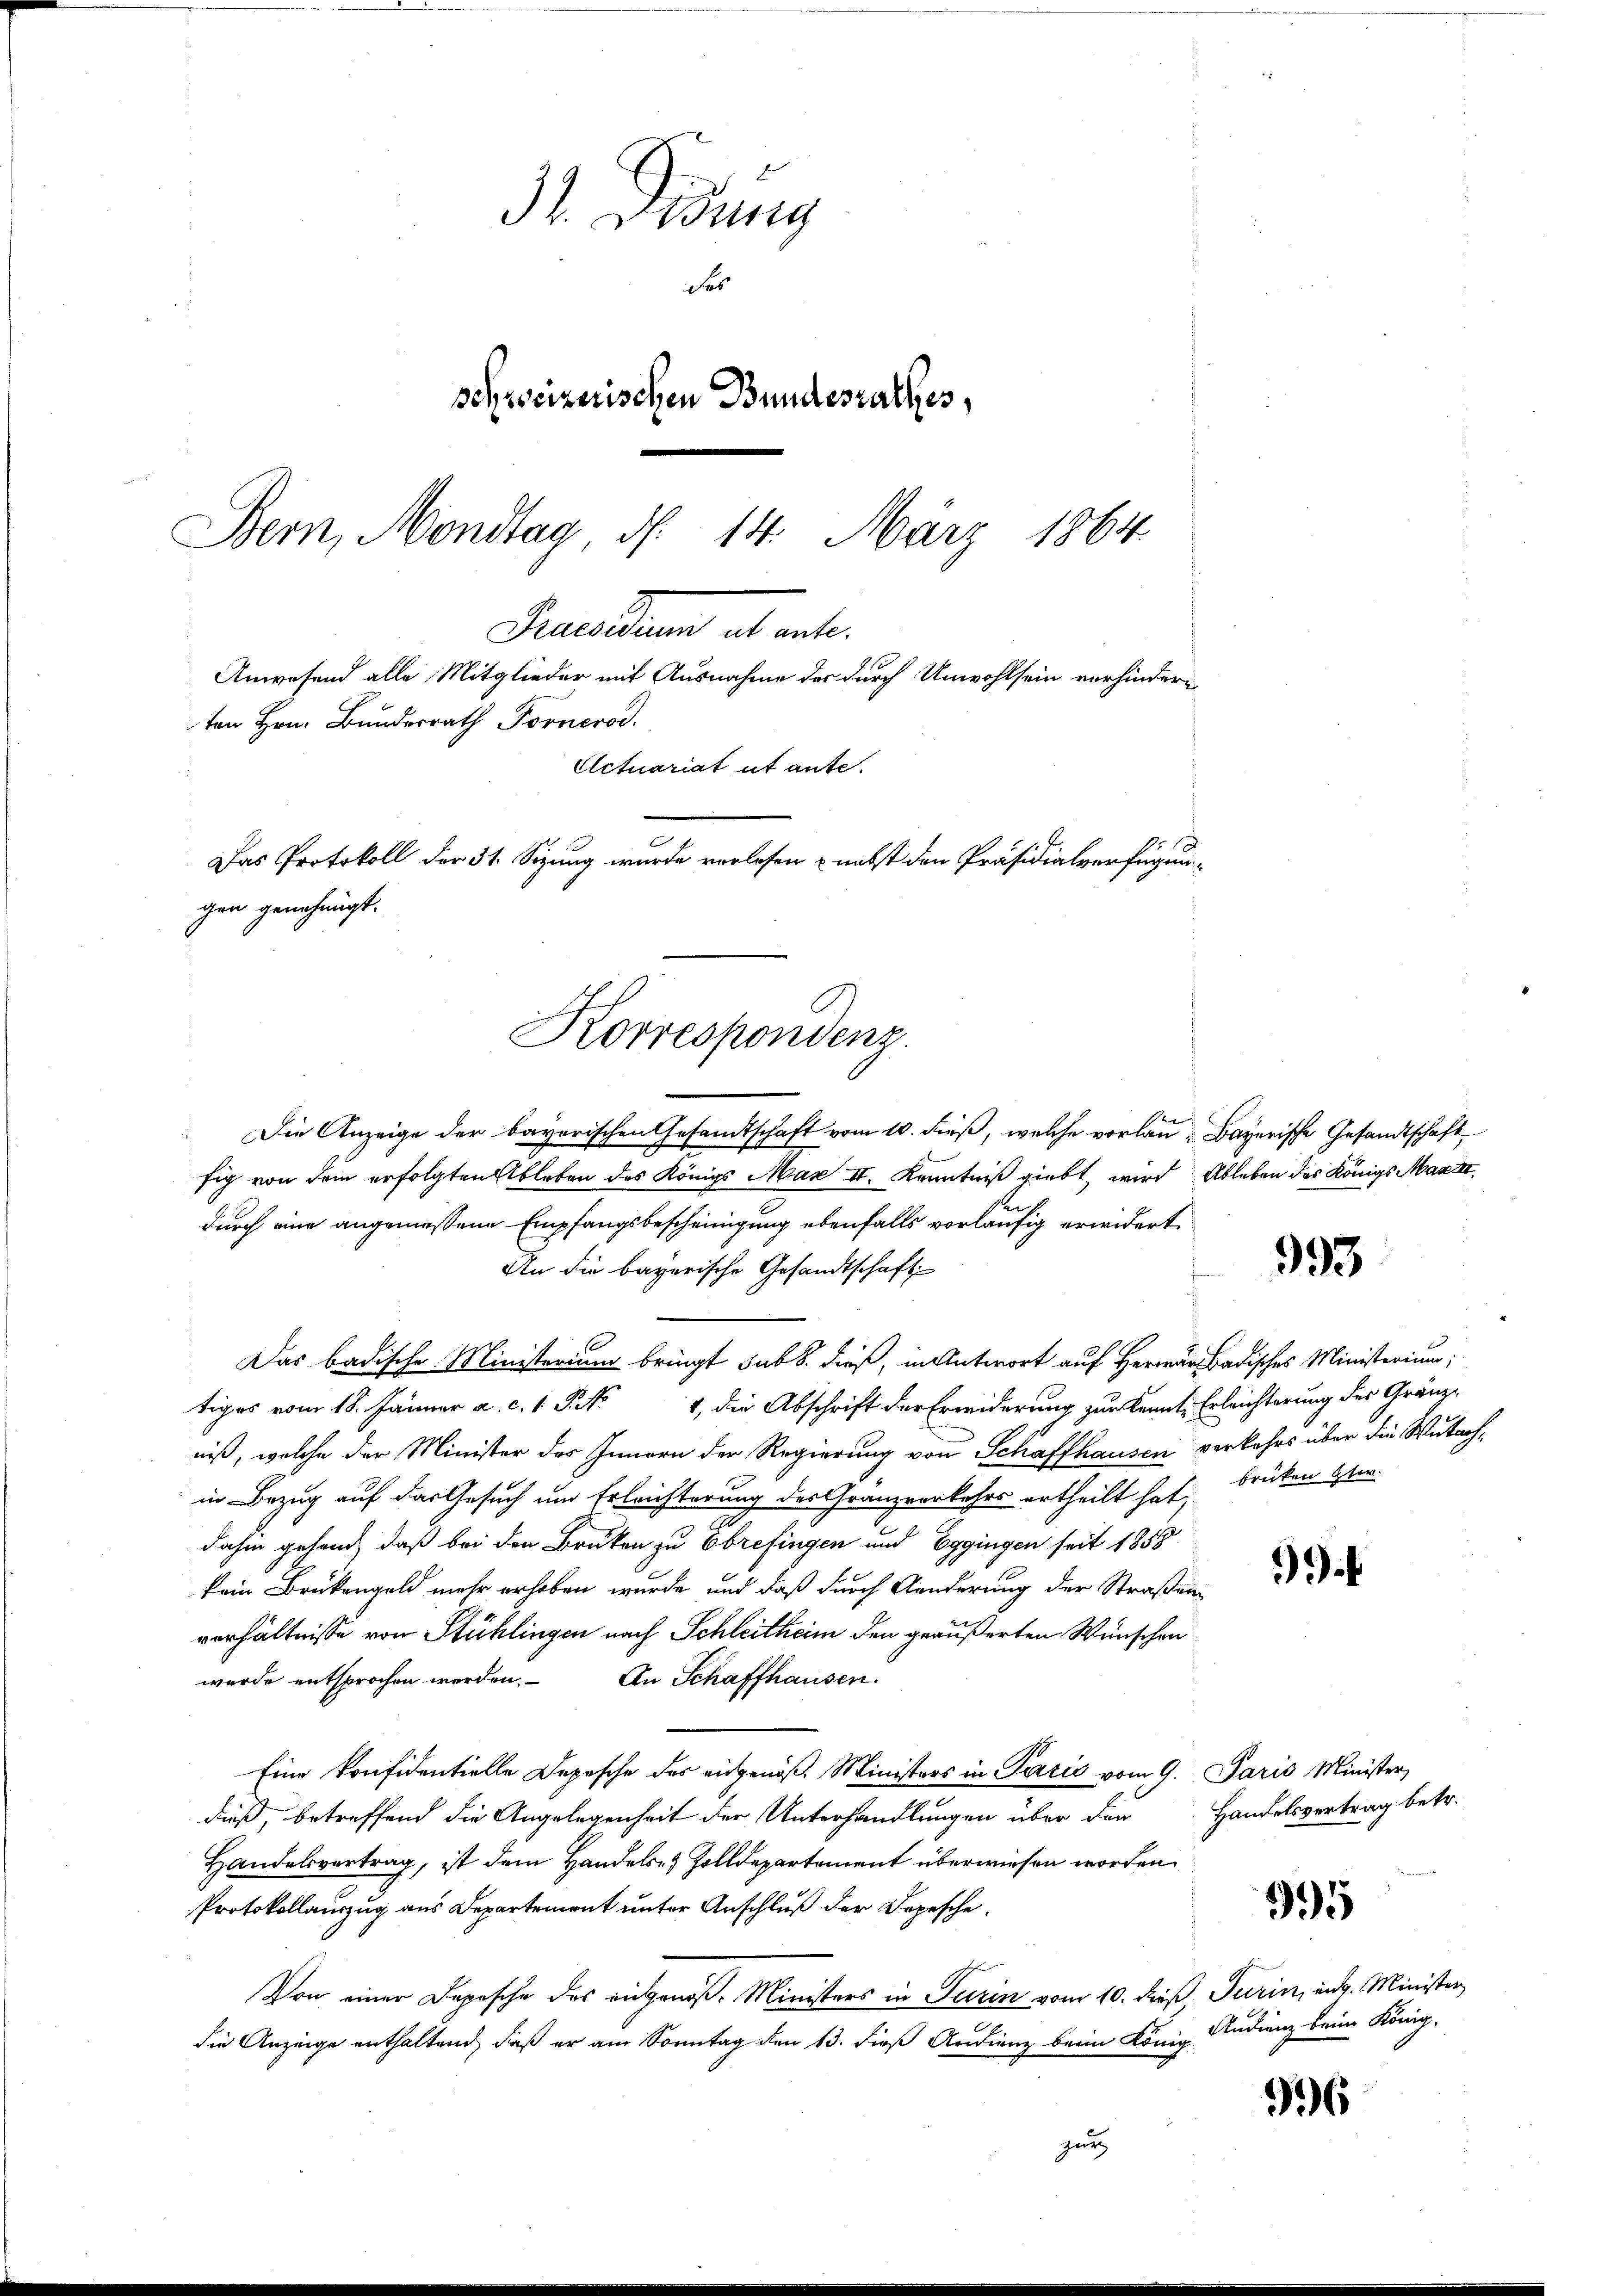
31. Dedung
des
schweizerischen Bundesrathes,
Bern, Mondtag d. 14. März 1864

ten Hrn. Bundesrath Fornerod.
Das Protokoll der 31. Sizung wurde vorlesen & nebst den Präsidialverfügungen genehmigt.
Korrespondenz

Peuerten et art.
Anwesend alle Mitglieder mit Ausnahme der durch Unwohlsein verhindern
Actuariat ut ante.

Die Anzeige der bayerischen Gesandtschaft vom 10. dieß, welche vorlan- Bayerische Gesandtschaft
fig von dem erfolgten Ableben des Königs Max II. Kenntniß giebt, wird Ableben des Königs Max II
durch eine angemessene Empfangsbescheinigung ebenfalls vorläufig erwidert
An die bayerische Gesandtschaft
Das badische Ministerium bringt sub 8. dieß, in Antwort auf Herr Badisches Ministeriu
tiges vom 18. Jänner a. c. 1 S. 14, die Abschrift der Erwiderung zur Kennte Erleichterung des Gränze
niß, welche der Minister des Innern der Regierung von Schaffhausen verkehrs über die Wutachin Bezug auf das Gesuch und Erleichterung des Gränzverkehrs ertheilt hat brücken Her
dahin gehend, daß bei den Bruken zu Obrefingen und Eggingen seit 1858
4
kein Brükengeld mehr erhoben wurde und daß durch Anderung der Straßen
verhältnisse von Stühlingen nach Schleitheim den geäußerten Wünschenwurde entsprochen werden. An Schaffhausen.
Eine konfidentielle Depesche des eingenoß, Ministers in Paris vom 9. Paris Minister,
dieß, betreffend die Angelegenheit der Unterhandlungen über den Handelsvertrag betr.
Handelsvertrag, ist dem Handels- & Zolldepartement überwiesen worden.
Protokollinzug aus Departement unter Anschluß der Depesche
995
Von einer Depesche des angenoß. Ministers in Turin vom 10. dieß Turin, ung. Minister
die Anzeige enthaltend, daß er am Sonntag den 13. dieß Audienz beim König Audienz beim König.
996
zur

993